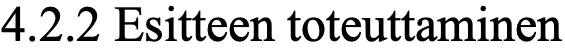
4.2.2 Esitteen toteuttaminen